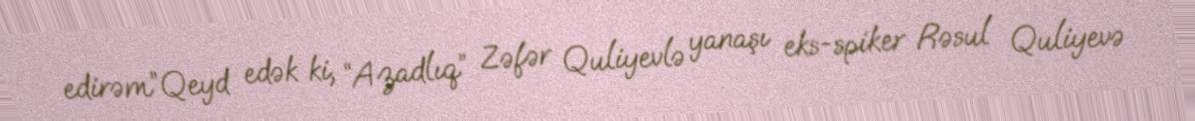
edirəm”Qeyd edək ki, “Azadlıq” Zəfər Quliyevlə yanaşı eks-spiker Rəsul Quliyevə